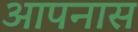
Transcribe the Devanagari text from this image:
आपनास